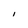
Character: l